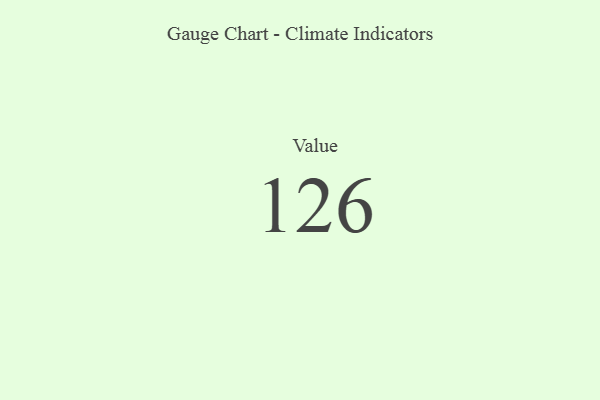
{"axis": {"x": "Metric", "y": "Value"}, "legend": [""], "data": [{"x": "Value", "y": 126, "type": ""}]}